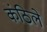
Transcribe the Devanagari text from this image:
कंठिले